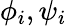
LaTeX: \phi_{i},\psi_{i}